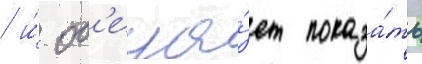
/ и́ об'еща́ет показа́ть